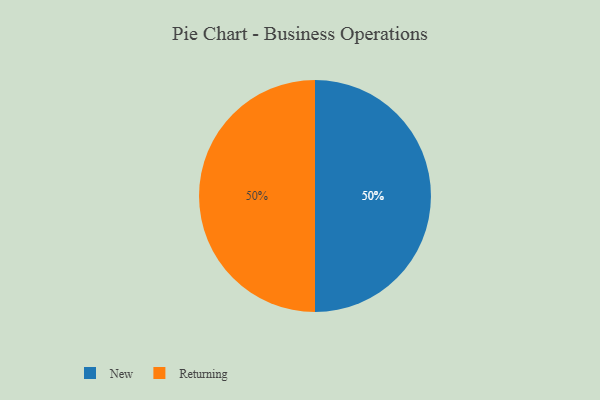
{"axis": {"x": "Category", "y": "Percentage"}, "legend": ["New", "Returning"], "data": [{"x": "New", "y": 50, "type": "New"}, {"x": "Returning", "y": 50, "type": "Returning"}]}